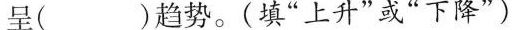
呈( )趋势。(填”上升”或”下降”)